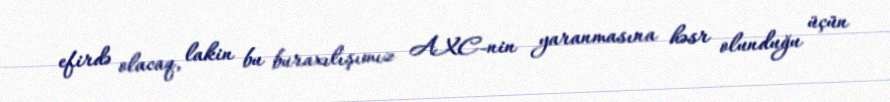
efirdə olacaq, lakin bu buraxılışımız AXC-nin yaranmasına həsr olunduğu üçün